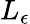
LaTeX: L_{\epsilon}